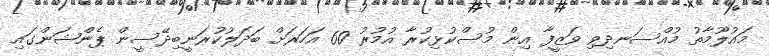
މައުލޫމާތު މުއްސަނދިވި ވަޒީފާ އިން މުސްކުޅިކުރާ އުމުރު 60 އަހަރަށް ބަދަލުކުރަނީބިދޭސީން ޕެންޝަންގައި